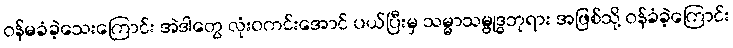
ဝန်မခံခဲ့သေးကြောင်း အဲဒါတွေ လုံးဝကင်းအောင် ပယ်ပြီးမှ သမ္မာသမ္ဗုဒ္ဓဘုရား အဖြစ်သို့ ဝန်ခံခဲ့ကြောင်း